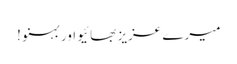
میرے عزیز بھائیو اور بہنو !